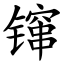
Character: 镩